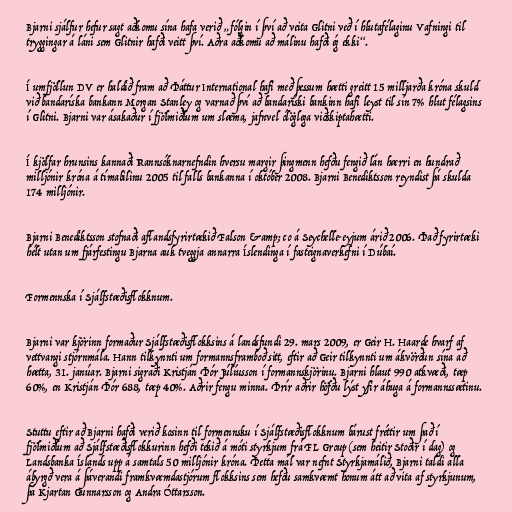
Bjarni sjálfur hefur sagt aðkomu sína hafa verið „fólgin í því að veita Glitni veð í hlutafélaginu Vafningi til
tryggingar á láni sem Glitnir hafði veitt því. Aðra aðkomu að málinu hafði ég ekki“.

Í umfjöllun DV er haldið fram að Þáttur International hafi með þessum hætti greitt 15 milljarða króna skuld
við bandaríska bankann Morgan Stanley og varnað því að bandaríski bankinn hafi leyst til sín 7% hlut félagsins
í Glitni. Bjarni var ásakaður í fjölmiðlum um slæma, jafnvel ólöglega viðskiptahætti.

Í kjölfar hrunsins kannaði Rannsóknarnefndin hversu margir þingmenn hefðu fengið lán hærri en hundrað
milljónir króna á tímabilinu 2005 til falls bankanna í október 2008. Bjarni Benediktsson reyndist þá skulda
174 milljónir.

Bjarni Benediktsson stofnaði aflandsfyrirtækið Falson &amp; co á Seychelle-eyjum árið 2006. Það fyrirtæki
hélt utan um fjárfestingu Bjarna auk tveggja annarra Íslendinga í fasteignaverkefni í Dúbaí.

Formennska í Sjálfstæðisflokknum.

Bjarni var kjörinn formaður Sjálfstæðisflokksins á landsfundi 29. mars 2009, er Geir H. Haarde hvarf af
vettvangi stjórnmála. Hann tilkynnti um formannsframboð sitt, eftir að Geir tilkynnti um ákvörðun sína að
hætta, 31. janúar. Bjarni sigraði Kristján Þór Júlíusson í formannskjörinu. Bjarni hlaut 990 atkvæði, tæp
60%, en Kristján Þór 688, tæp 40%. Aðrir fengu minna. Þrír aðrir höfðu lýst yfir áhuga á formannssætinu.

Stuttu eftir að Bjarni hafði verið kosinn til formennsku í Sjálfstæðisflokknum bárust fréttir um það í
fjölmiðlum að Sjálfstæðisflokkurinn hefði tekið á móti styrkjum frá FL Group (sem heitir Stoðir í dag) og
Landsbanka Íslands upp á samtals 50 milljónir króna. Þetta mál var nefnt Styrkjamálið, Bjarni taldi alla
ábyrgð vera á þáverandi framkvæmdastjórum flokksins sem hefðu samkvæmt honum átt að vita af styrkjunum,
þá Kjartan Gunnarsson og Andra Óttarsson.